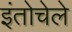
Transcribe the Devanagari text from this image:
इंतोचेले